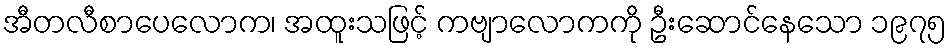
အီတလီစာပေလောက၊ အထူးသဖြင့် ကဗျာလောကကို ဦးဆောင်နေသော ၁၉၇၅